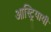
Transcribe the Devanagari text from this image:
आस्ट्रियायी